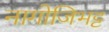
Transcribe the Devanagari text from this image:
नागोजिभट्ट